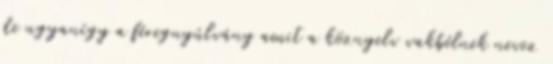
de ugyanígy a féregnyúlvány amit a köznyelv vakbélnek nevez